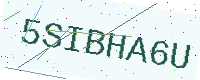
Text: 5SIBHA6U